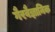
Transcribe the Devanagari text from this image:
गैरवैज्ञानिक